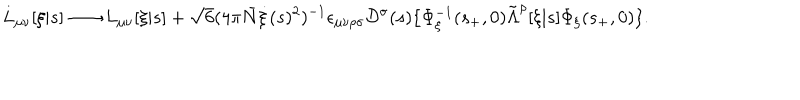
L _ { \mu \nu } [ \xi | s ] \longrightarrow L _ { \mu \nu } [ \xi | s ] + \sqrt { 6 } ( 4 \pi \bar { N } \dot { \xi } ( s ) ^ { 2 } ) ^ { - 1 } \epsilon _ { \mu \nu \rho \sigma } { \cal D } ^ { \sigma } ( s ) \{ \Phi _ { \xi } ^ { - 1 } ( s _ { + } , 0 ) \tilde { \Lambda } ^ { \rho } [ \xi | s ] \Phi _ { \xi } ( s _ { + } , 0 ) \} .